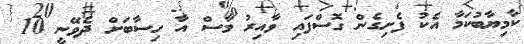
ކާމިޔާބުކަމާ އެކު ފެށިގެން ގޮސްފައި ވާއިރު މާސް އާ ހިސާބަށް ދެވޭނީ 10